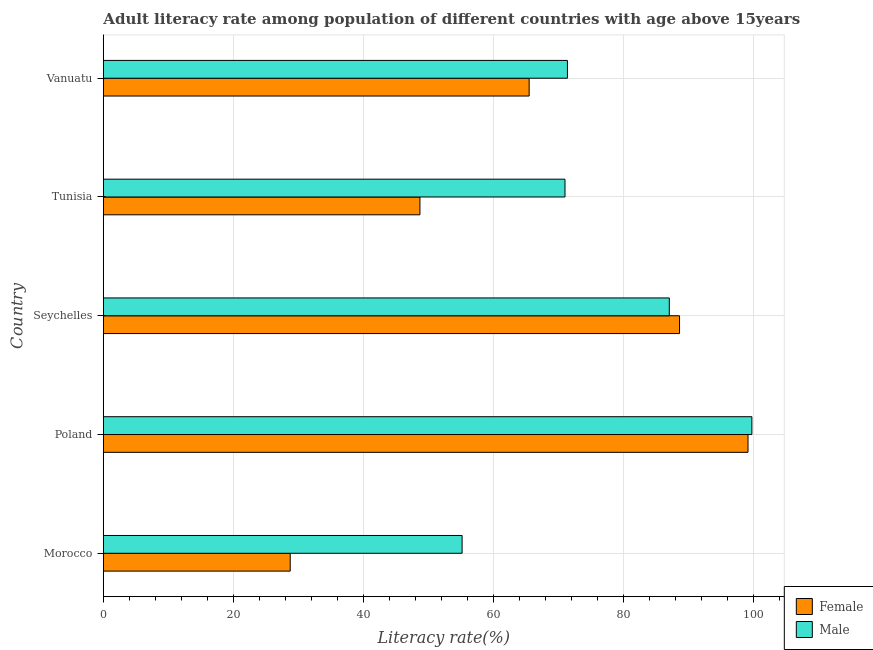
| Country | Female | Male |
 | --- | --- | --- |
 | Morocco | 28.7 | 55.2 |
 | Poland | 99.1 | 99.7 |
 | Seychelles | 88.6 | 87 |
 | Tunisia | 48.7 | 71 |
 | Vanuatu | 65.5 | 71.4 |